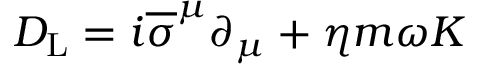
D _ { \mathrm { { L } } } = i { \overline { { \sigma } } } ^ { \mu } \partial _ { \mu } + \eta m \omega K